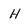
Character: H